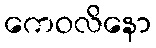
ကေဝလိနော